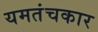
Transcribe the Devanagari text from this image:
यमतंचकार